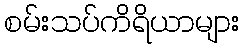
စမ်းသပ်ကိရိယာများ